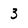
Character: 3